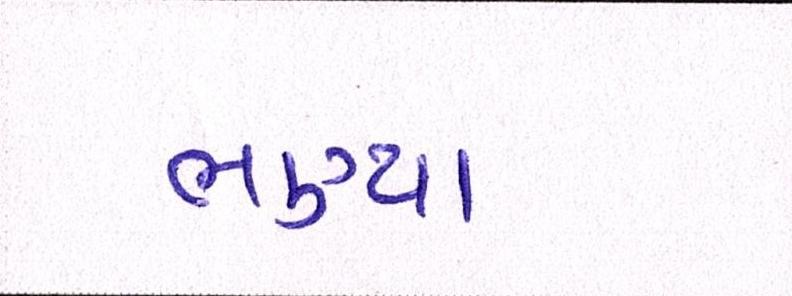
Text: ભણ્યા